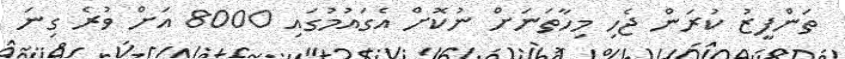
ތަންފީޒު ކުރަން ޖެހި މިހާތަނަށް ނުކޮށް އެގައުމުގައި 8000 އަށް ވުރެ ގިނަ